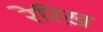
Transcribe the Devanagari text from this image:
रेरिख़